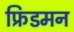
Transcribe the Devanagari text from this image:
फ्रिडमन